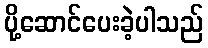
ပို့ဆောင်ပေးခဲ့ပါသည်